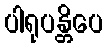
ပါရုပန္တိပေ